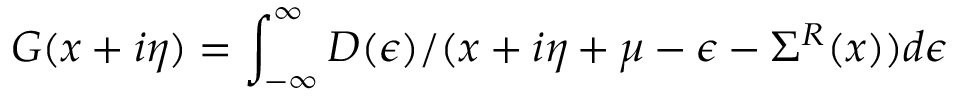
G ( x + i \eta ) = \int _ { - \infty } ^ { \infty } { D ( \epsilon ) } / ( x + i \eta + \mu - \epsilon - \Sigma ^ { R } ( x ) ) d \epsilon